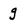
Character: g